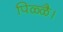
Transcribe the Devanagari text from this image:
पिळ्ळै।